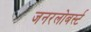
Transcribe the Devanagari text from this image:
जनरलोबर्स्ट